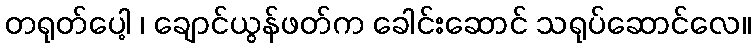
တရုတ်ပေါ့ ၊ ချောင်ယွန်ဖတ်က ခေါင်းဆောင် သရုပ်ဆောင်လေ။